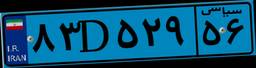
۸۳D۵۲۹۵۶